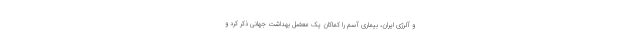
و آلرژی ایران، بیماری آسم را کماکان یک معضل بهداشت جهانی ذکر کرد و